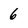
Character: 6